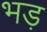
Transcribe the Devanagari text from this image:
भड़